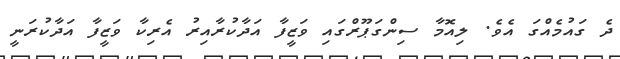
ދެ ގައުމެއްގަ އެވެ. ލިއޮމާާ ސިންގަޕޫރްގައި ވަޒީފާ އަދާކުރާއިރު އެރިކާ ވަޒީފާ އަދާކުރަނީ